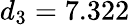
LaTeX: d_{3}=7.322